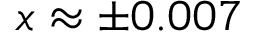
x \approx \pm 0 . 0 0 7